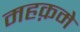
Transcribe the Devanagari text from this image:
महक़मे